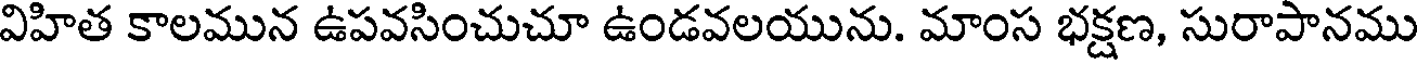
విహిత కాలమున ఉపవసించుచూ ఉండవలయును. మాంస భక్షణ, సురాపానము